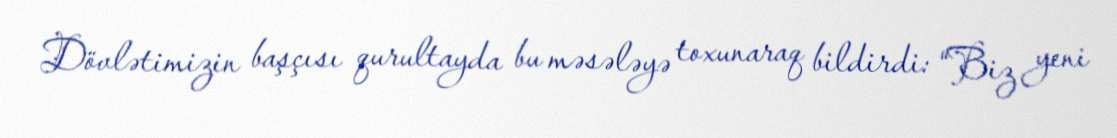
Dövlətimizin başçısı qurultayda bu məsələyə toxunaraq bildirdi: “Biz yeni